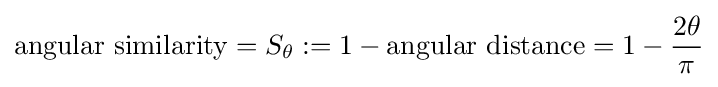
{\text{angular similarity}}=S_{\theta }:=1-{\text{angular distance}}=1-{\frac {2\theta }{\pi }}